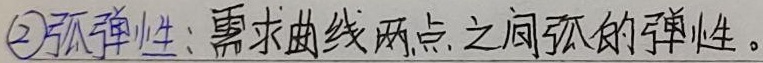
\textcircled{2}弧弹性：需求曲线两点之间弧的弹性。